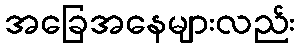
အခြေအနေများလည်း